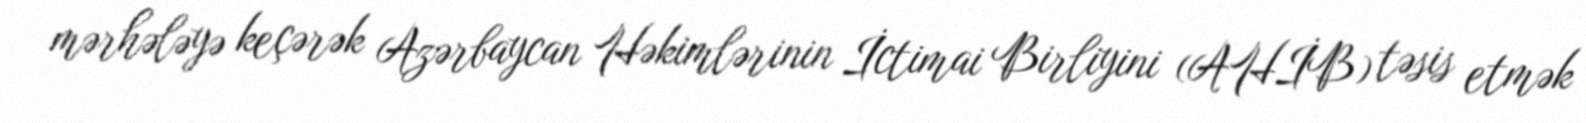
mərhələyə keçərək Azərbaycan Həkimlərinin İctimai Birliyini (AHİB) təsis etmək